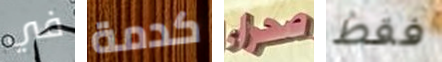
في كدمة صحراء فقط